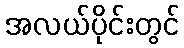
အလယ်ပိုင်းတွင်